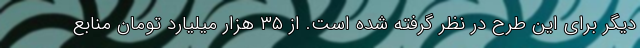
دیگر برای این طرح در نظر گرفته شده است. از ۳۵ هزار میلیارد تومان منابع